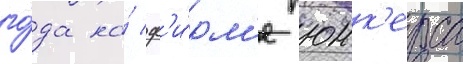
го́да на́ ф'и́рм'е юнк'ерса